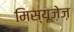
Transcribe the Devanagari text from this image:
मिस्यूज़ेज़